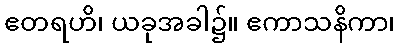
ဧတရဟိ၊ ယခုအခါ၌။ ဧကာသနိကာ၊